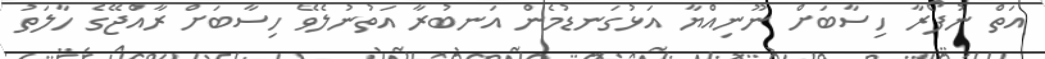
އަތް ނުފޯރާ ހިސާބަށް ނޫނިއްޔާ އަޅުގަނޑުމެން އަނބުރާ އަތުނުލެވޭ ހިސާބަށް ރާއްޖޭގެ ހާލަތު